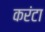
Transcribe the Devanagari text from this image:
करंटा